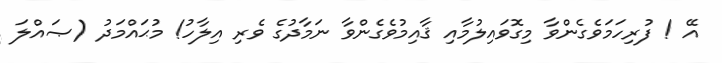
އޭ ! ފުރިހަމަވެގެންވާ މިގޮވައިލުމާއި ޤާއިމުވެގެންވާ ނަމާދުގެ ވެރި އިލާހު! މުޙައްމަދު (ޞައްލަ